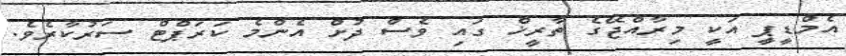
އެމްޑީޕީ އަކީ މިރާއްޖޭގެ ތާރީޚް ގައި ވެސް ދުށް އެންމެ ކަރަޕްޓް ސަރުކާރެވެ.